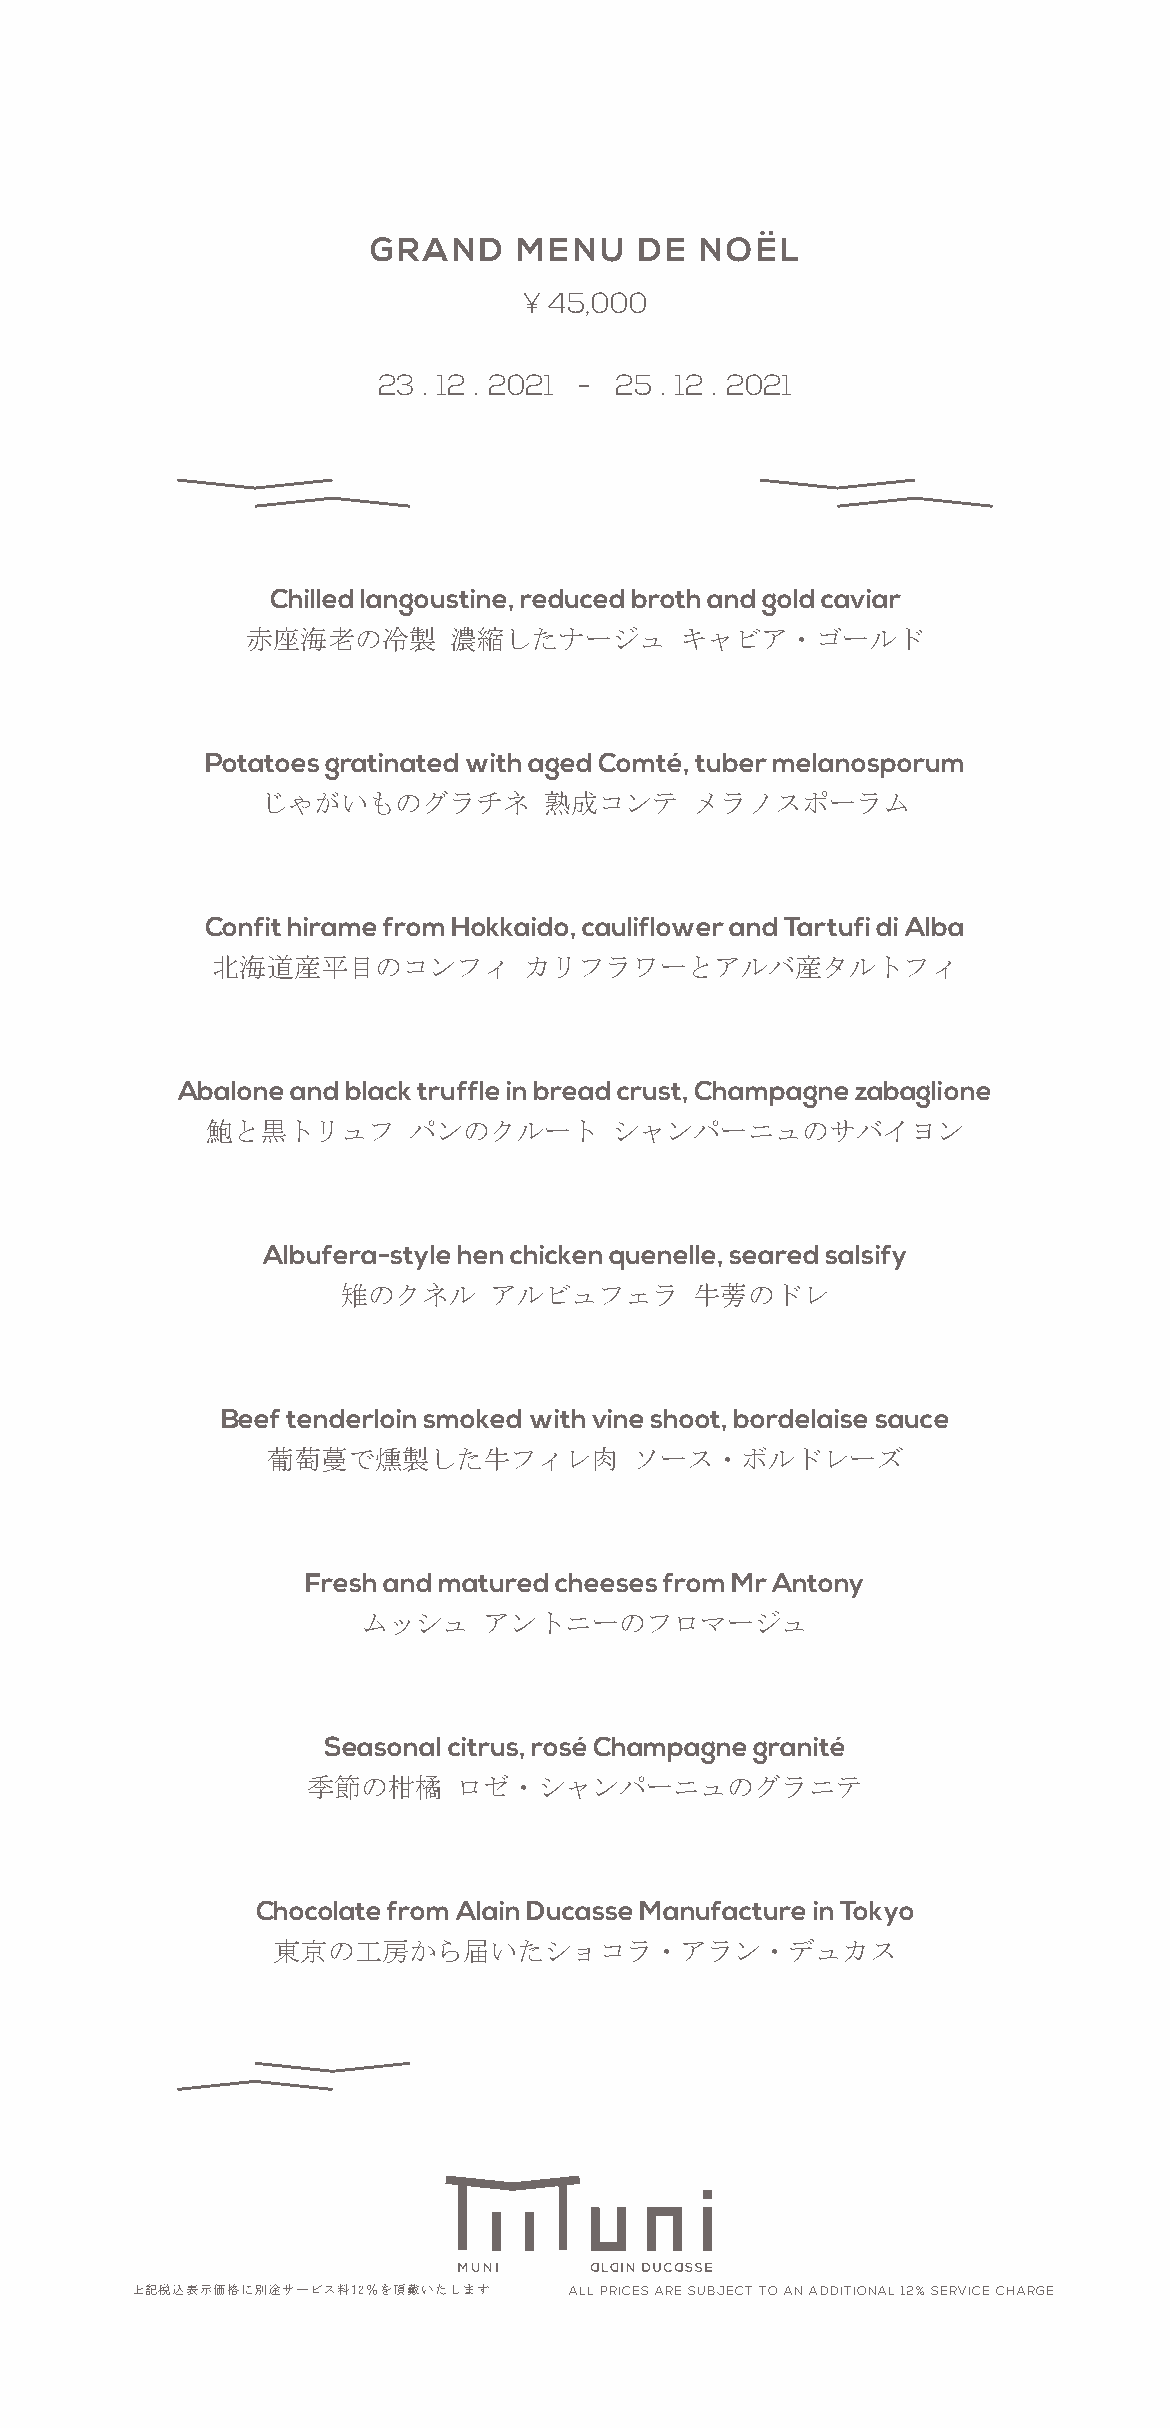
GRAND     MENU    DE  NOËL
 ¥ 45,000
 23 . 12 . 2021 - 25 . 12 . 2021
 Chilled langoustine, reduced broth and gold caviar
 赤座海老の冷製       濃縮したナージュ       キャビア・ゴールド
 Potatoes gratinated with aged Comté, tuber melanosporum
 じゃがいものグラチネ         熟成コンテ     メラノスポーラム
 Confit hirame from Hokkaido, cauliflower and Tartufi di Alba
 北海道産平目のコンフィ          カリフラワーとアルバ産タルトフィ
 Abalone and black truffle in bread crust, Champagne zabaglione
 鮑と黒トリュフ      パンのクルート       シャンパーニュのサバイヨン
 Albufera-style hen chicken quenelle, seared salsify
 雉のクネル    アルビュフェラ       牛蒡のドレ
 Beef tenderloin smoked with vine shoot, bordelaise sauce
 葡萄蔓で燻製した牛フィレ肉           ソース・ボルドレーズ
 Fresh and matured cheeses from Mr Antony
 ムッシュ    アントニーのフロマージュ
 Seasonal citrus, rosé Champagne granité
 季節の柑橘     ロゼ・シャンパーニュのグラニテ
 Chocolate from Alain Ducasse Manufacture in Tokyo
 東京の工房から届いたショコラ・アラン・デュカス
 上記税込表示価格に別途サービス料12％を頂戴いたします  ALL PRICES ARE SUBJECT TO AN ADDITIONAL 12% SERVICE CHARGE